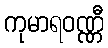
ကုမာရဝဏ္ဏီ